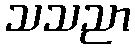
သသညာ